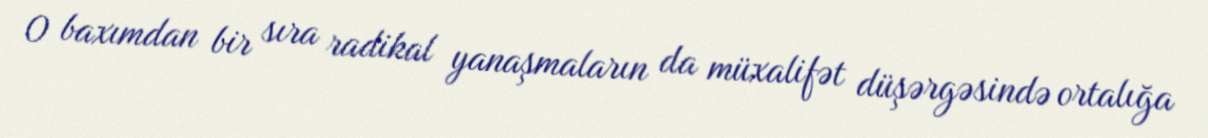
O baxımdan bir sıra radikal yanaşmaların da müxalifət düşərgəsində ortalığa